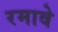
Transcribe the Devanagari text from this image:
रमावे